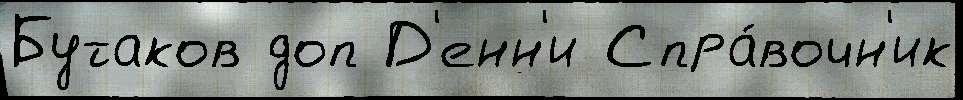
Бутаков доп Д'енн'и Спра́вочн'ик